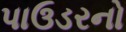
પાઉડરનો